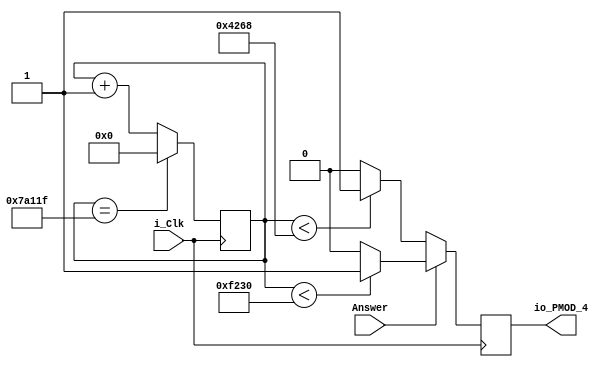
module Servo_Lock 
(input i_Clk, 
input Answer, 
output io_PMOD_4);
						//500,000 = 20ms @25Mhz
reg [19:0] Counter = 0; //2^19 = 524288 minimum for counting to 500,000
reg Servo_reg = 0;

always @(posedge i_Clk)
begin 
	if (Answer == 2'b01)
	begin 
		Counter <= Counter + 1;	//correct answer, open latch
		if(Counter == 'd499999) //Counter is counting up to 20ms by cycling through 0-499,999
			Counter <= 0;
		if(Counter < 'd62000) //high position is set by this (2.48ms = 62,000 @25Mhz)
			Servo_reg <= 1'b1;			  
		else 
			Servo_reg <= 1'b0;
	end 
	else 
	begin 
		Counter <= Counter + 1;	//default or wrong asnwer keep latch closed 
		if(Counter == 'd499999) //Counter is counting up to 20ms by cycling through 0-499,999
			Counter <= 0;
		if(Counter < 'd17000) //low position is set by this (.68ms = 17,000 @25Mhz)
			Servo_reg <= 1'b1;			  
		else 
			Servo_reg <= 1'b0;
	end 
end 

assign io_PMOD_4 = Servo_reg;

endmodule